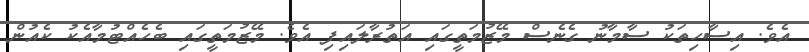
އެވެ. އިސާހިތަކު ސާމާނު ގެނެސް މޭޒުމަތީގައި އަތުރާލައިފި އެވެ. މޭޒުމަތީގައި ބެހެއްޓުމާއެކު ކެއުން